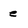
Character: e